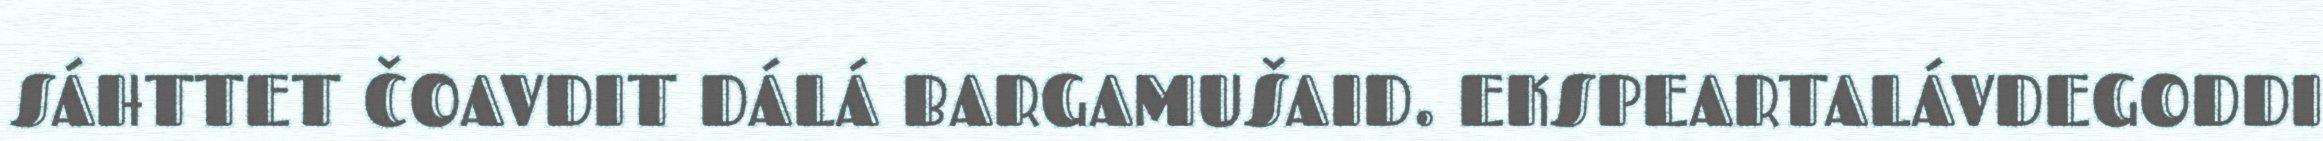
SÁHTTET ČOAVDIT DÁLÁ BARGAMUŠAID. EKSPEARTALÁVDEGODDI